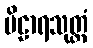
ဗိဠာရသုတ္တံ